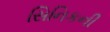
સિનિકની